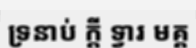
ទ្រនាប់ ក្តី ទ្វារ មគ្គ